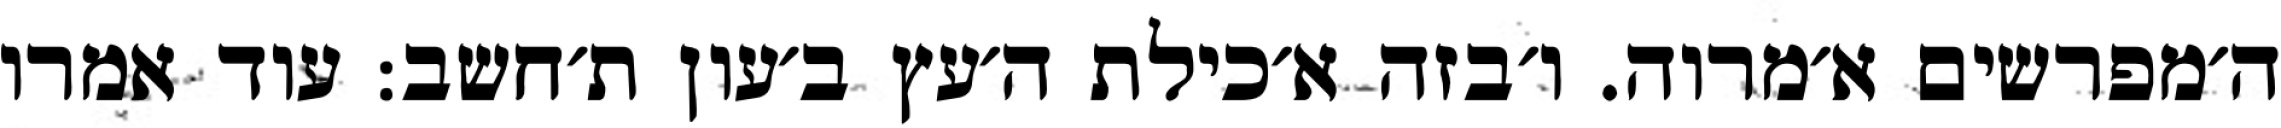
ה׳מפרשים א׳מרוה. ו׳בזה א׳כילת ה׳עץ ב׳עון ת׳חשב: עוד אמרו